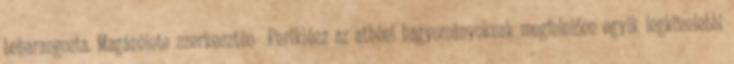
beharangozta. Magánélete szerkesztés Periklész az athéni hagyományoknak megfelelően egyik legközelebbi